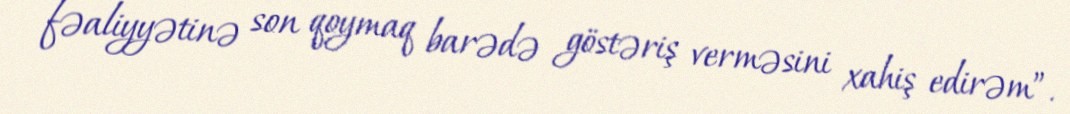
fəaliyyətinə son qoymaq barədə göstəriş verməsini xahiş edirəm”.